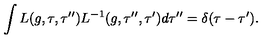
\int L ( g , \tau , \tau ^ { \prime \prime } ) L ^ { - 1 } ( g , \tau ^ { \prime \prime } , \tau ^ { \prime } ) d \tau ^ { \prime \prime } = \delta ( \tau - \tau ^ { \prime } ) .